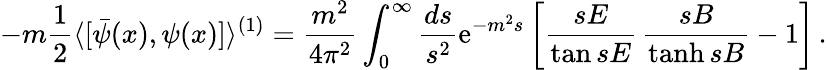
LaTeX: -m\frac 12\langle[\bar{\psi}(x),\psi(x)]\rangle^{(1)}=\frac{m^{2}}{4\pi^{2}}\int_{0}^{\infty}\frac{ds}{s^{2}}\mathrm{e}^{-m^{2}s}\left[\frac{sE}{\tan sE}\, \frac{sB}{\operatorname{tanh}sB}-1\right]\, .